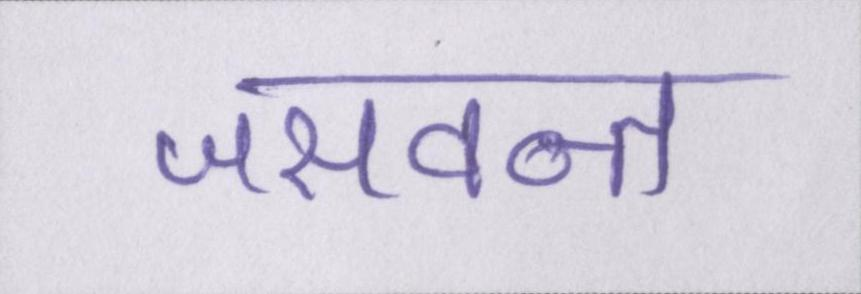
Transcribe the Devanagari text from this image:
जसवन्त